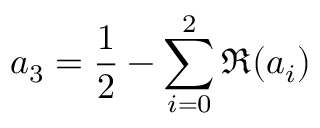
a _ { 3 } = \frac { 1 } { 2 } - \sum _ { i = 0 } ^ { 2 } \Re ( a _ { i } )